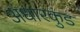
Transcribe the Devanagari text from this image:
अंधारकुंड